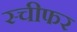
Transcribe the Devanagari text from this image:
स्चीफर